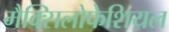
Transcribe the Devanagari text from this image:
मैक्सिलोफेशियल